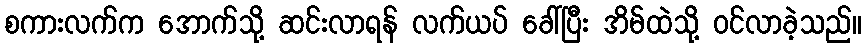
စကားလက်က အောက်သို့ ဆင်းလာရန် လက်ယပ် ခေါ်ပြီး အိမ်ထဲသို့ ဝင်လာခဲ့သည်။